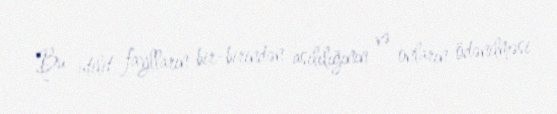
Bu utilit faylların bir-birindən asılılığının və onların ödənilməsi